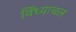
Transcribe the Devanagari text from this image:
विँध्याचल